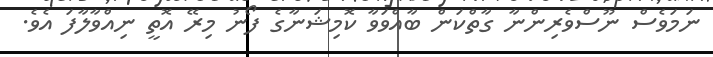
ނަމަވެސް ނޫސްވެރިންނާ ގާތްކަން ބާއްވަވާ ކޮމިޝަނާގެ ފޯނު މިރޭ އޮތީ ނިއްވާލާފަ އެވެ.